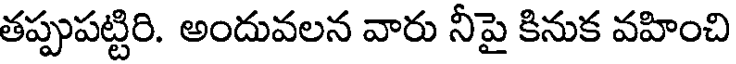
తప్పుపట్టిరి. అందువలన వారు నీపై కినుక వహించి